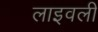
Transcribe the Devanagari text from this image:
लाइवली